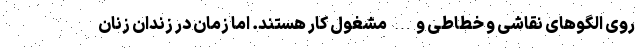
روی الگوهای نقاشی و خطاطی و… مشغول کار هستند. اما زمان در زندان زنان